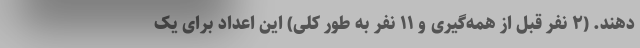
دهند. (۲ نفر قبل از همه‌گیری و ۱۱ نفر به طور کلی) این اعداد برای یک